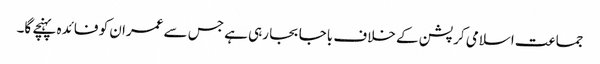
جماعت اسلامی کرپشن کے خلاف باجا بجا رہی ہے جس سے عمران کو فائدہ پہنچے گا۔